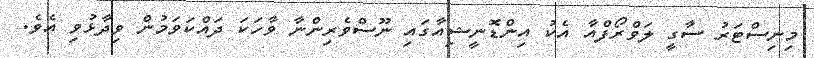
މިނިސްޓަރު ސާގީ ލަވްރޯފްއާ އެކު އިންޑޮނީޝިއާގައި ނޫސްވެރިންނާ ވާހަކަ ދައްކަވަމުން ވިދާޅުވި އެވެ.